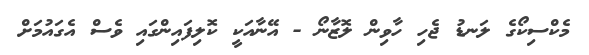
މެކްސިކޯގެ ލަނޑު ޖެހި ހާވިން ލޮޒާނޯ - އޭނާއަކީ ކޮލިފައިންގައި ވެސް އެގައުމަށް